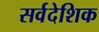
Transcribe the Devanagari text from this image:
सर्वदेशिक